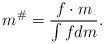
LaTeX: \begin{align*}m^\#=\frac{f\cdot m}{\int fdm}.\end{align*}